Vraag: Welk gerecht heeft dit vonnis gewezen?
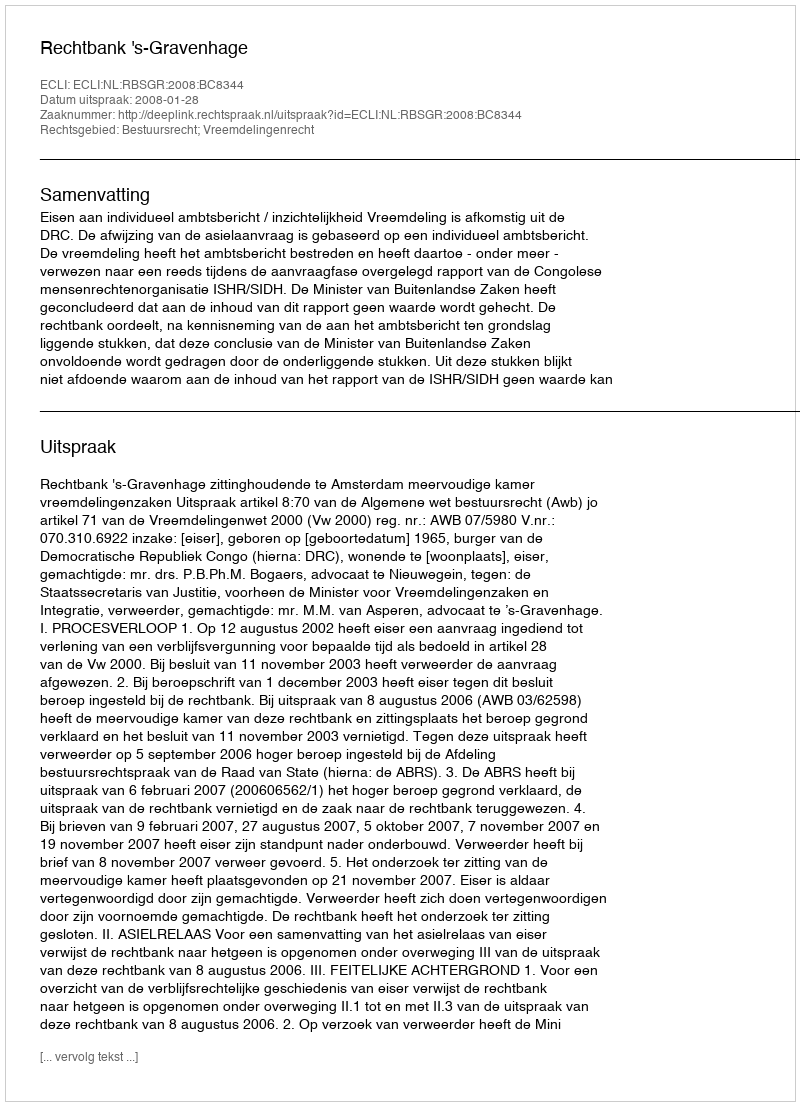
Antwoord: Rechtbank 's-Gravenhage